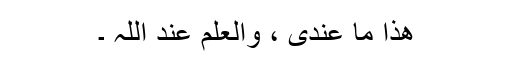
ھذا ما عندی ، والعلم عند اللہ ۔